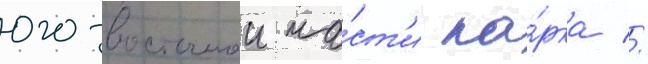
юго-восточнои ча́ст'и па́рка //